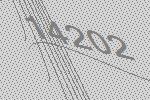
14202